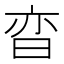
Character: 𬁢